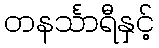
တနင်္သာရီနှင့်